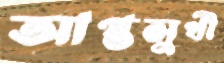
আপ্তসুখী